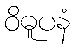
ဝိဓူပနံ